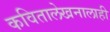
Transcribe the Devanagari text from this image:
कवितालेखनालाही